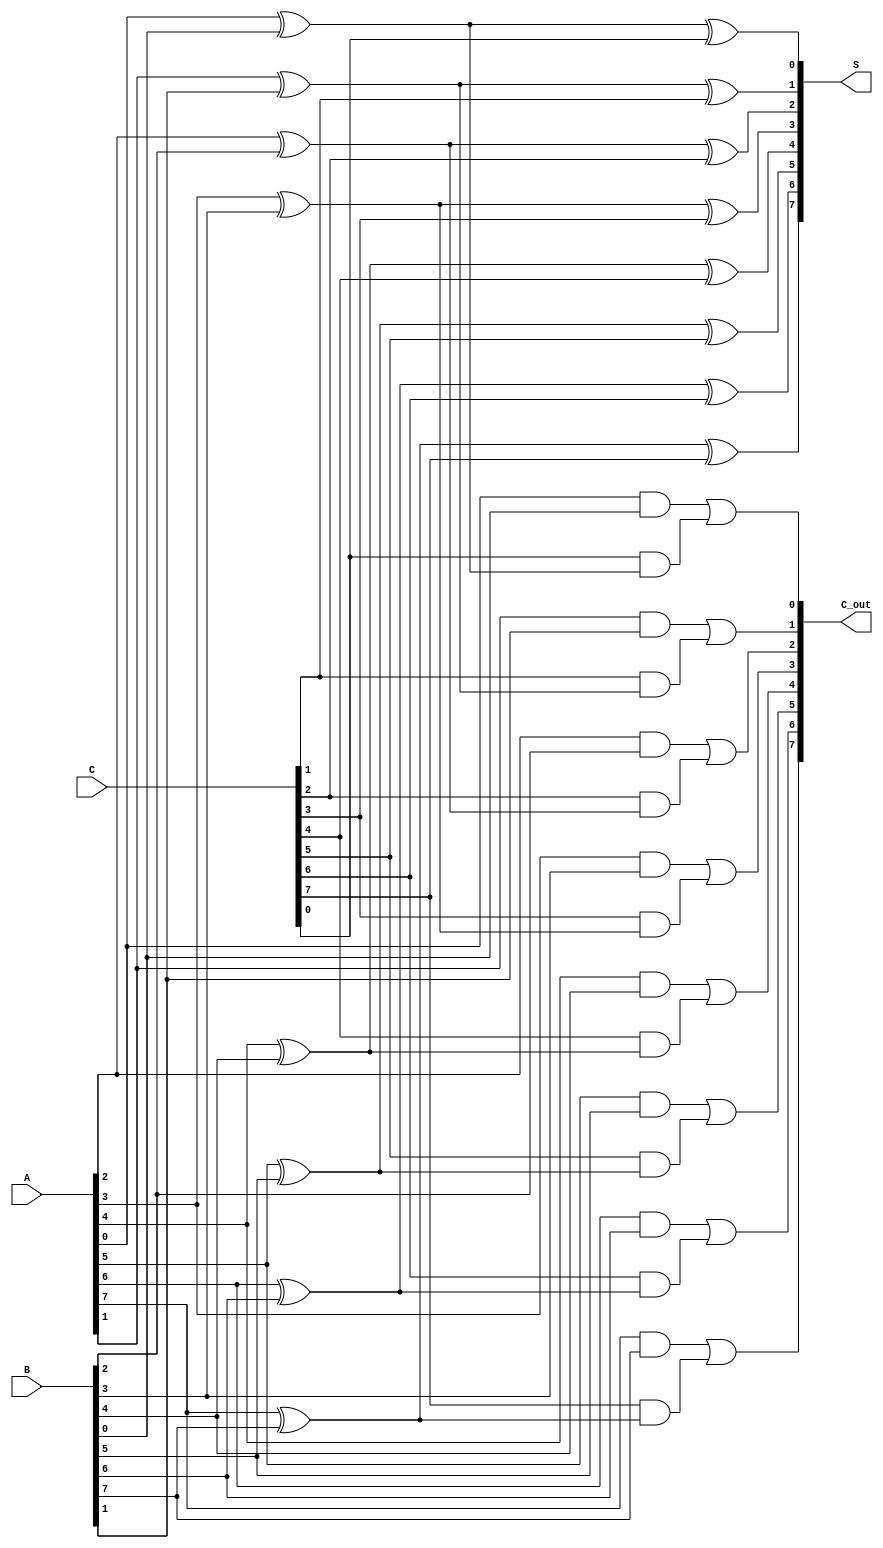
module array_carry_save_adder #(
    parameter W = 8  // Width of the operands
) (
    input [W-1:0] A,      // Operand A
    input [W-1:0] B,      // Operand B
    input [W-1:0] C,      // Operand C
    output [W-1:0] S,     // Sum output
    output [W-1:0] C_out   // Carry output
);

    // Intermediate carry and sum signals
    wire [W-1:0] carry;
    
    genvar i;
    generate
        for (i = 0; i < W; i = i + 1) begin : csa_full_adder
            // Full adder logic for each bit position
            assign S[i] = A[i] ^ B[i] ^ C[i]; // Sum calculation
            assign carry[i] = (A[i] & B[i]) | (C[i] & (A[i] ^ B[i])); // Carry calculation
        end
    endgenerate

    // Assign carry output
    assign C_out = carry;

endmodule